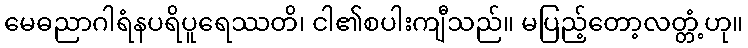
မေဓညာဂါရံနပရိပူရေဿတိ၊ ငါ၏စပါးကျီသည်။ မပြည့်တော့လတ္တံ့ဟု။